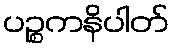
ပဉ္စကနိပါတ်